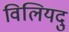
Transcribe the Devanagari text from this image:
विलियदु